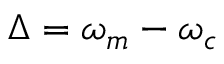
\Delta = \omega _ { m } - \omega _ { c }